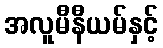
အလူမီနီယမ်နှင့်